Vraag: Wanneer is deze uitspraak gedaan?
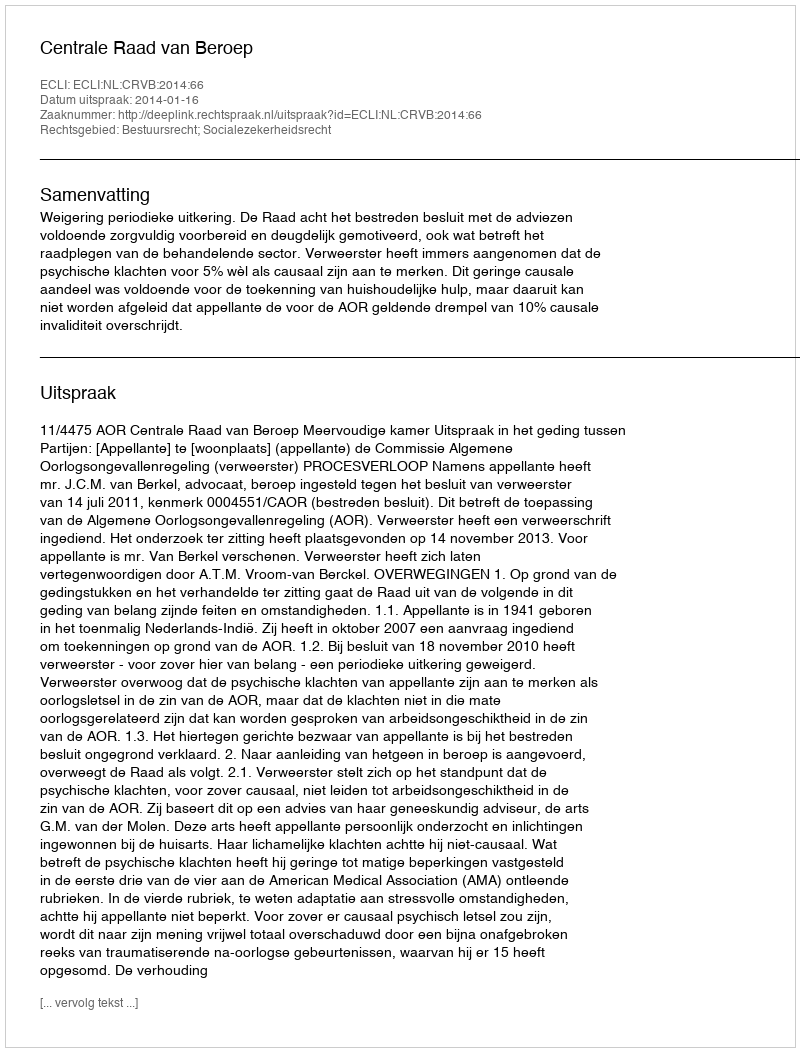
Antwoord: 2014-01-16